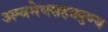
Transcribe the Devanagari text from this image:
अश्वमेघसहत्रपुण्य